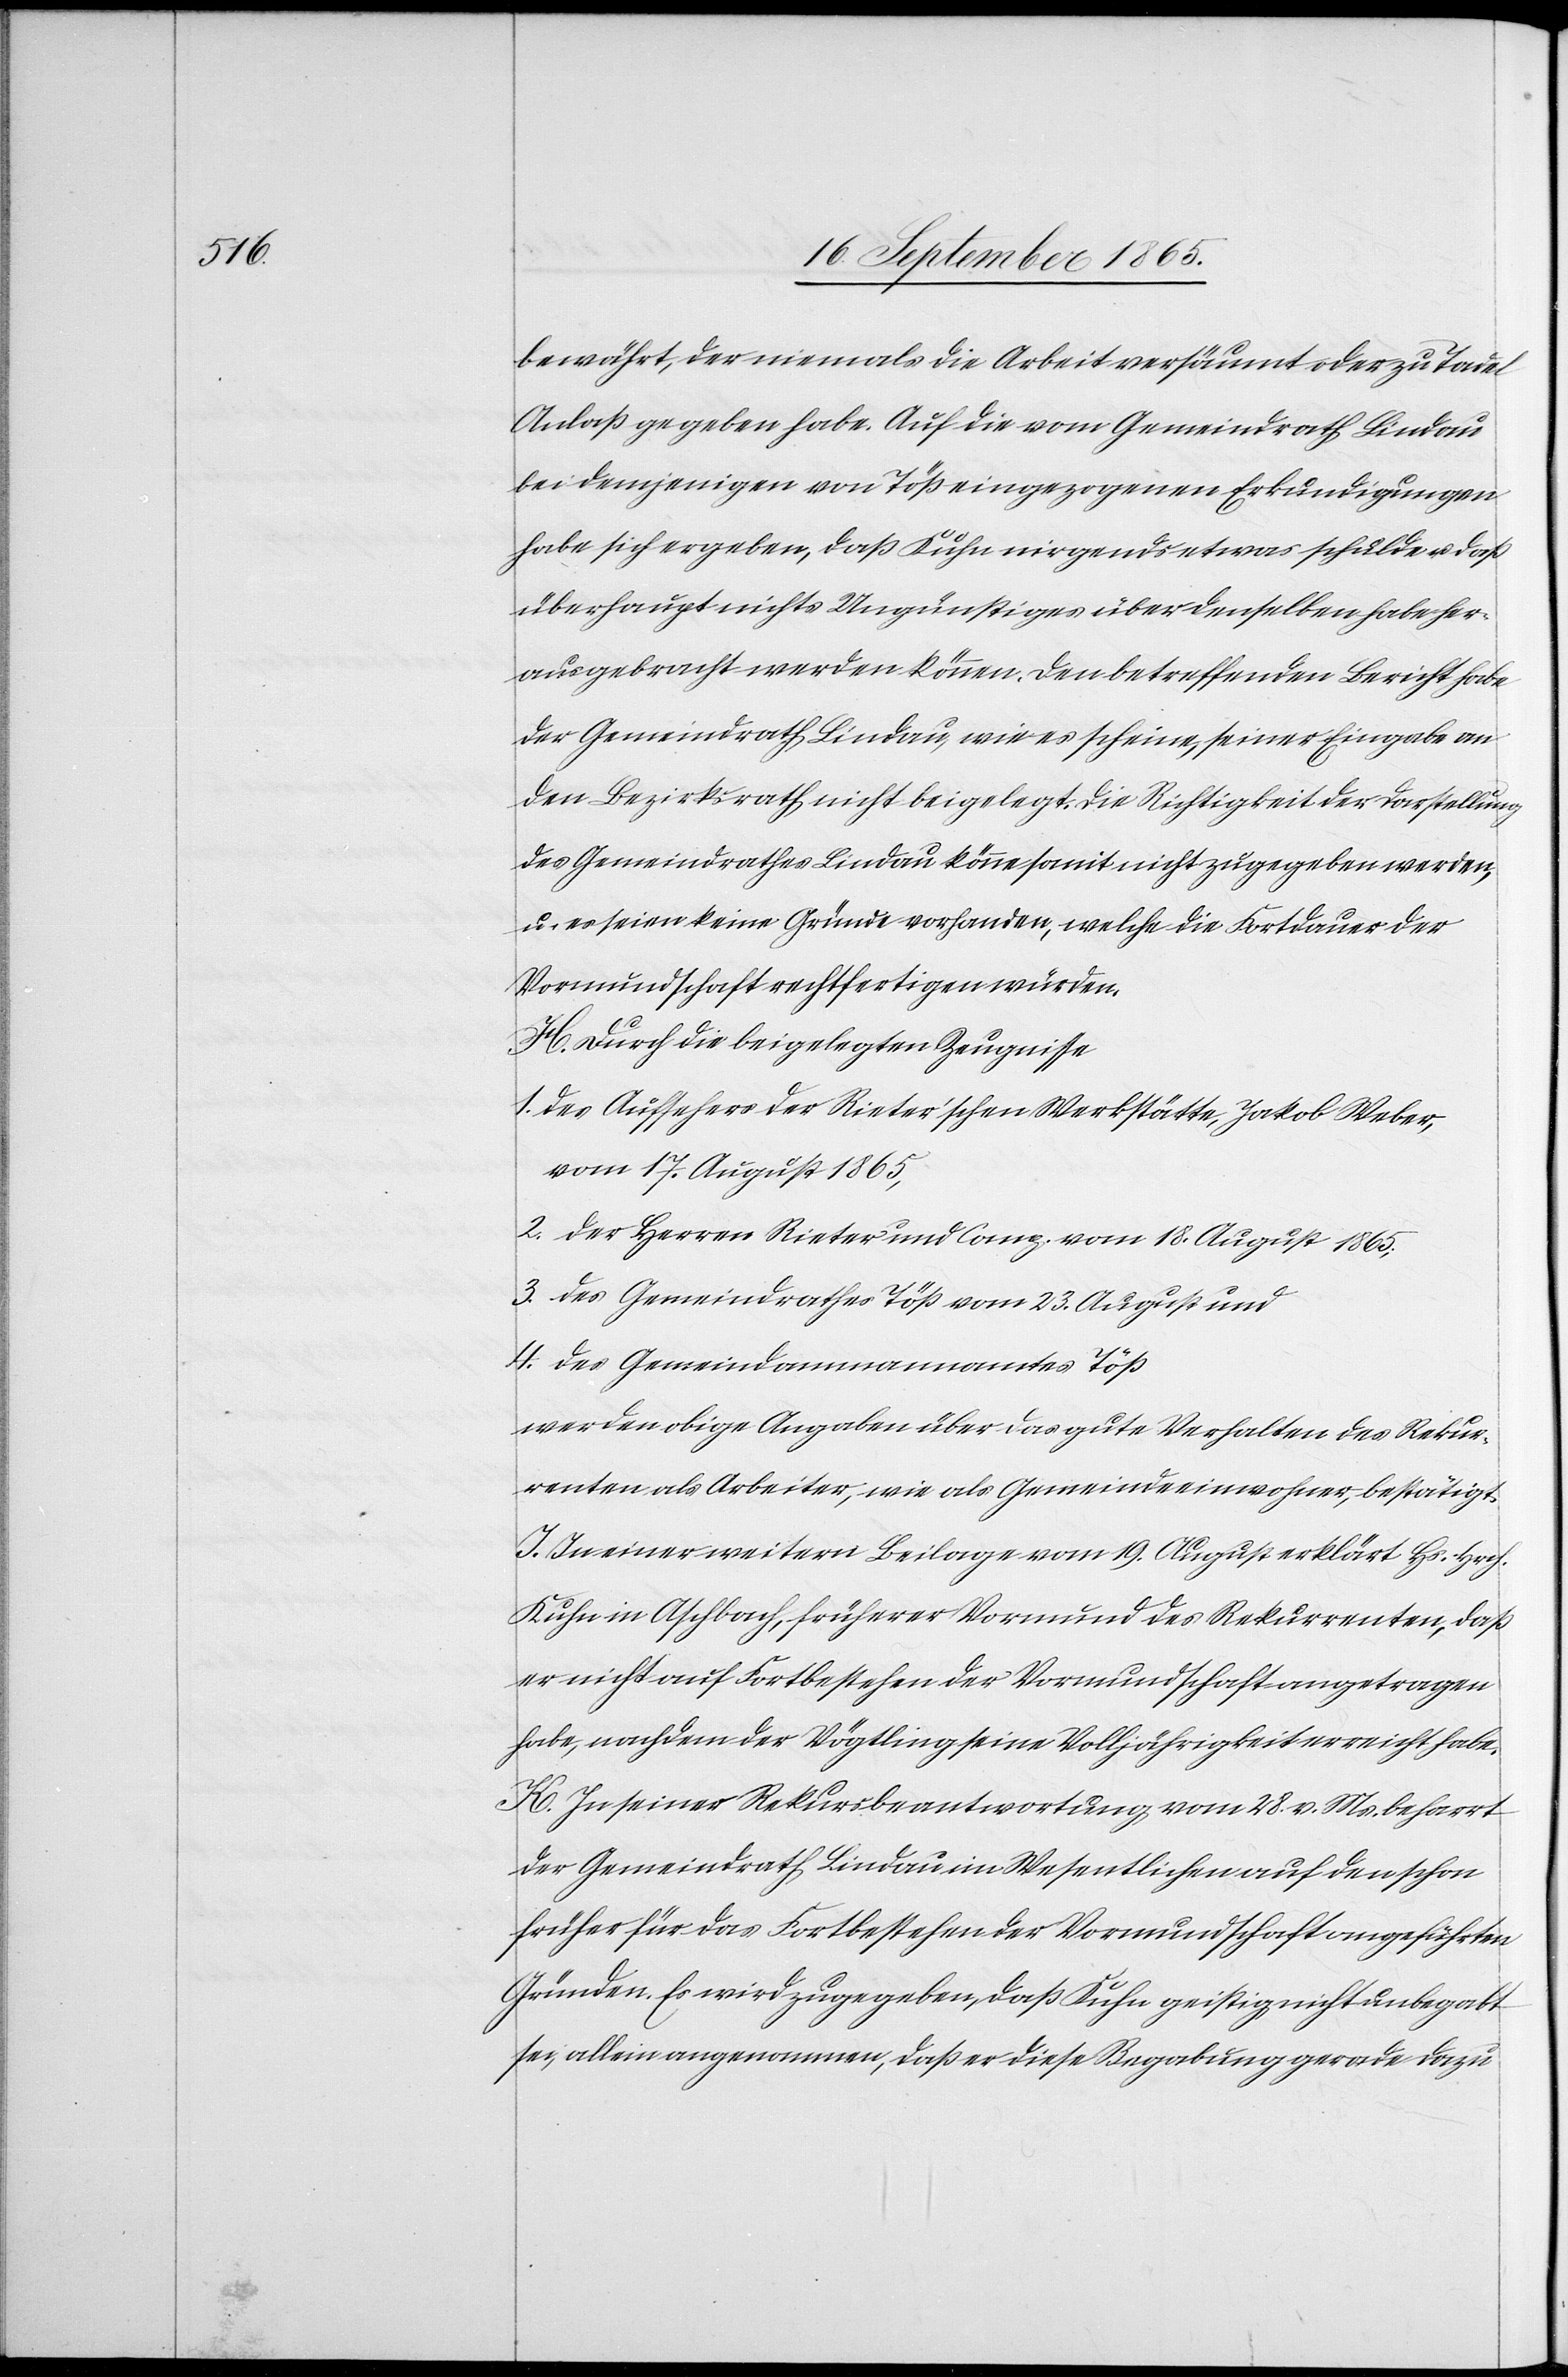
bewährt, der niemals die Arbeit versäumt oder zu Tadel
Anlaß gegeben habe. Auf die vom Gemeindrath Lindau
bei demjenigen von Töß eingezogenen Erkundigungen
habe sich ergeben, daß Kuhn nirgends etwas schulde u. daß
überhaupt nichts Ungünstiges über denselben habe her¬
ausgebracht werden können. Den betreffenden Bericht habe
der Gemeindrath Lindau, wie es scheine, seiner Eingabe an
den Bezirksrath nicht beigelegt. Die Richtigkeit der Darstellung
des Gemeindrathes Lindau könne somit nicht zugegeben werden,
u. es seien keine Gründe vorhanden, welche die Fortdauer der
Vormundschaft rechtfertigen würden.
H. Durch die beigelegten Zeugnisse.
1. des Aufsehers der Rieter’schen Werkstätte, Jakob Weber,
vom 17. August 1865,
2. der Herren Rieter und Comp. vom 18. August 1865;
3. des Gemeindrathes Töß vom 23. August und
4. des Gemeindammannamtes Töß
werden obige Angaben über das gute Verhalten des Rekur¬
renten als Arbeiter, wie als Gemeindeeinwohner, bestätigt.
J. In einer weitern Beilage vom 19. August erklärt Hs. Hrch.
Kuhn in Aschbach, früherer Vormund des Rekurrenten, daß
er nicht auf Fortbestehen der Vormundschaft angetragen
habe, nachdem der Vögtling seine Volljährigkeit erreicht habe.
K. In seiner Rekursbeantwortung vom 28. v. Ms. beharrt
der Gemeindrath Lindau im Wesentlichen auf den schon
früher für das Fortbestehen der Vormundschaft angeführten
Gründen. Es wird zugegeben, daß Kuhn geistig nicht unbegabt
sei, allein angenommen, daß er diese Begabung gerade dazu